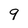
Character: 9